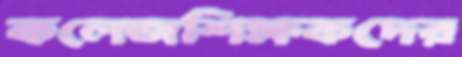
কলেজশিক্ষকদের